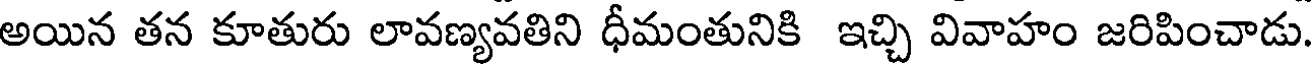
అయిన తన కూతురు లావణ్యవతిని ధీమంతునికి ఇచ్చి వివాహం జరిపించాడు.